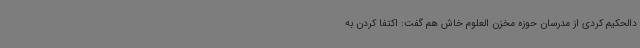
دالحکیم کردی از مدرسان حوزه مخزن العلوم خاش هم گفت: اکتفا کردن به